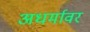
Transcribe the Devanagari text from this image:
अधर्मावर